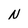
Character: N